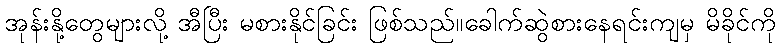
အုန်းနို့တွေများလို့ အီပြီး မစားနိုင်ခြင်း ဖြစ်သည်။ခေါက်ဆွဲစားနေရင်းကျမှ မိခိုင်ကို